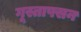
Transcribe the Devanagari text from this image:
गूस्ताफ्सन